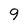
Character: 9